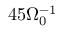
4 5 \Omega _ { 0 } ^ { - 1 }